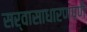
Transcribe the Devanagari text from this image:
सर्वासाधारणपणे